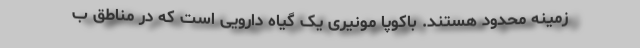
زمینه محدود هستند. باکوپا مونیری یک گیاه دارویی است که در مناطق ب